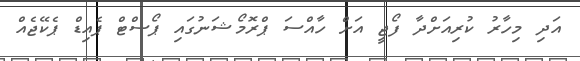
އަދި މިހާރު ކުރިއަށްދާ ފޯޖީ އަށް ހާއްސަ ޕްރޮމޯޝަނުގައި ޕޯސްޓް ޕެއިޑް ޕެކޭޖެއް